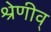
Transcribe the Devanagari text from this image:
श्रेणीव्